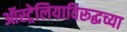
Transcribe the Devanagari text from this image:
ऑस्ट्रेलियाविरूद्धच्या